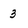
Character: 3